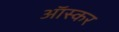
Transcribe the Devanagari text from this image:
आॅस्कर